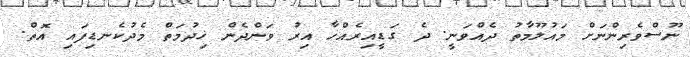
ނޫސްވެރިންނަށް މައުލޫމާތު ދެއްވަނީ. ދެ ގަޑީއިރެއްހާ އިރު ވަންދެން ޚިދުމަތް މެދުކެނޑިފައި އޮތް.